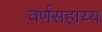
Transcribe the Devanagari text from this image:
वर्णसहाय्य